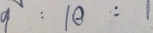
9 : 1 0 : 1